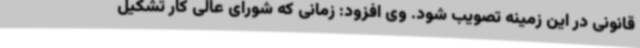
قانونی در این زمینه تصویب شود. وی افزود: زمانی که شورای عالی کار تشکیل